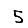
Digit: 5